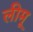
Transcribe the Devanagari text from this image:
लीमू